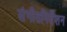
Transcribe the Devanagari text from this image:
संगीतनिर्देशन